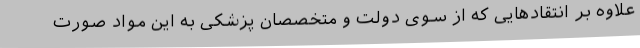
علاوه بر انتقادهایی که از سوی دولت و متخصصان پزشکی به این مواد صورت